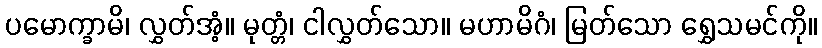
ပမောက္ခာမိ၊ လွှတ်အံ့။ မုတ္တံ၊ ငါလွှတ်သော။ မဟာမိဂံ၊ မြတ်သော ရွှေသမင်ကို။